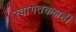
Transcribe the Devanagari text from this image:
स्वागतकक्षही